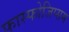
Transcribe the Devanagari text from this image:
फास्फोजिप्सम